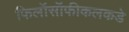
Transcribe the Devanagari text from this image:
फिलॉसॉफीकलकडे